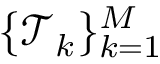
\{ \mathcal { T } _ { k } \} _ { k = 1 } ^ { M }